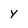
Character: Y